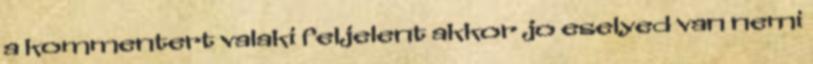
a kommentert valaki feljelent akkor jo eselyed van nemi